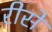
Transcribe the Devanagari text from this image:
रीसे